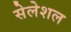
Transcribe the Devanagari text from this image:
सेलेशल